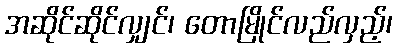
အဆိုင်ဆိုင်လျှင်၊ တောမြိုင်လည်လှည့်၊